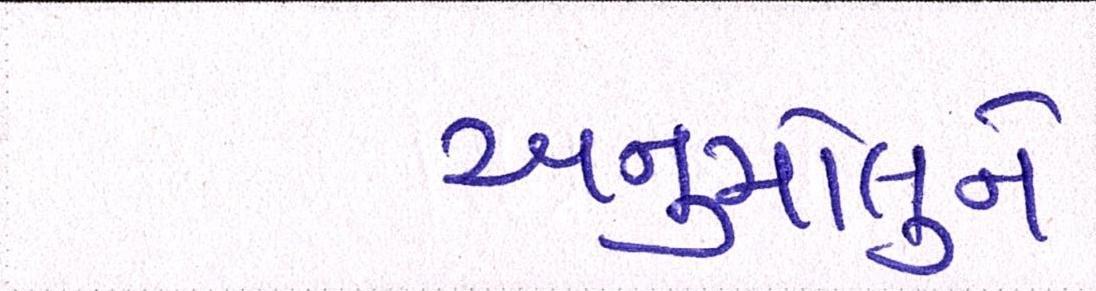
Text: અનુમોલુને